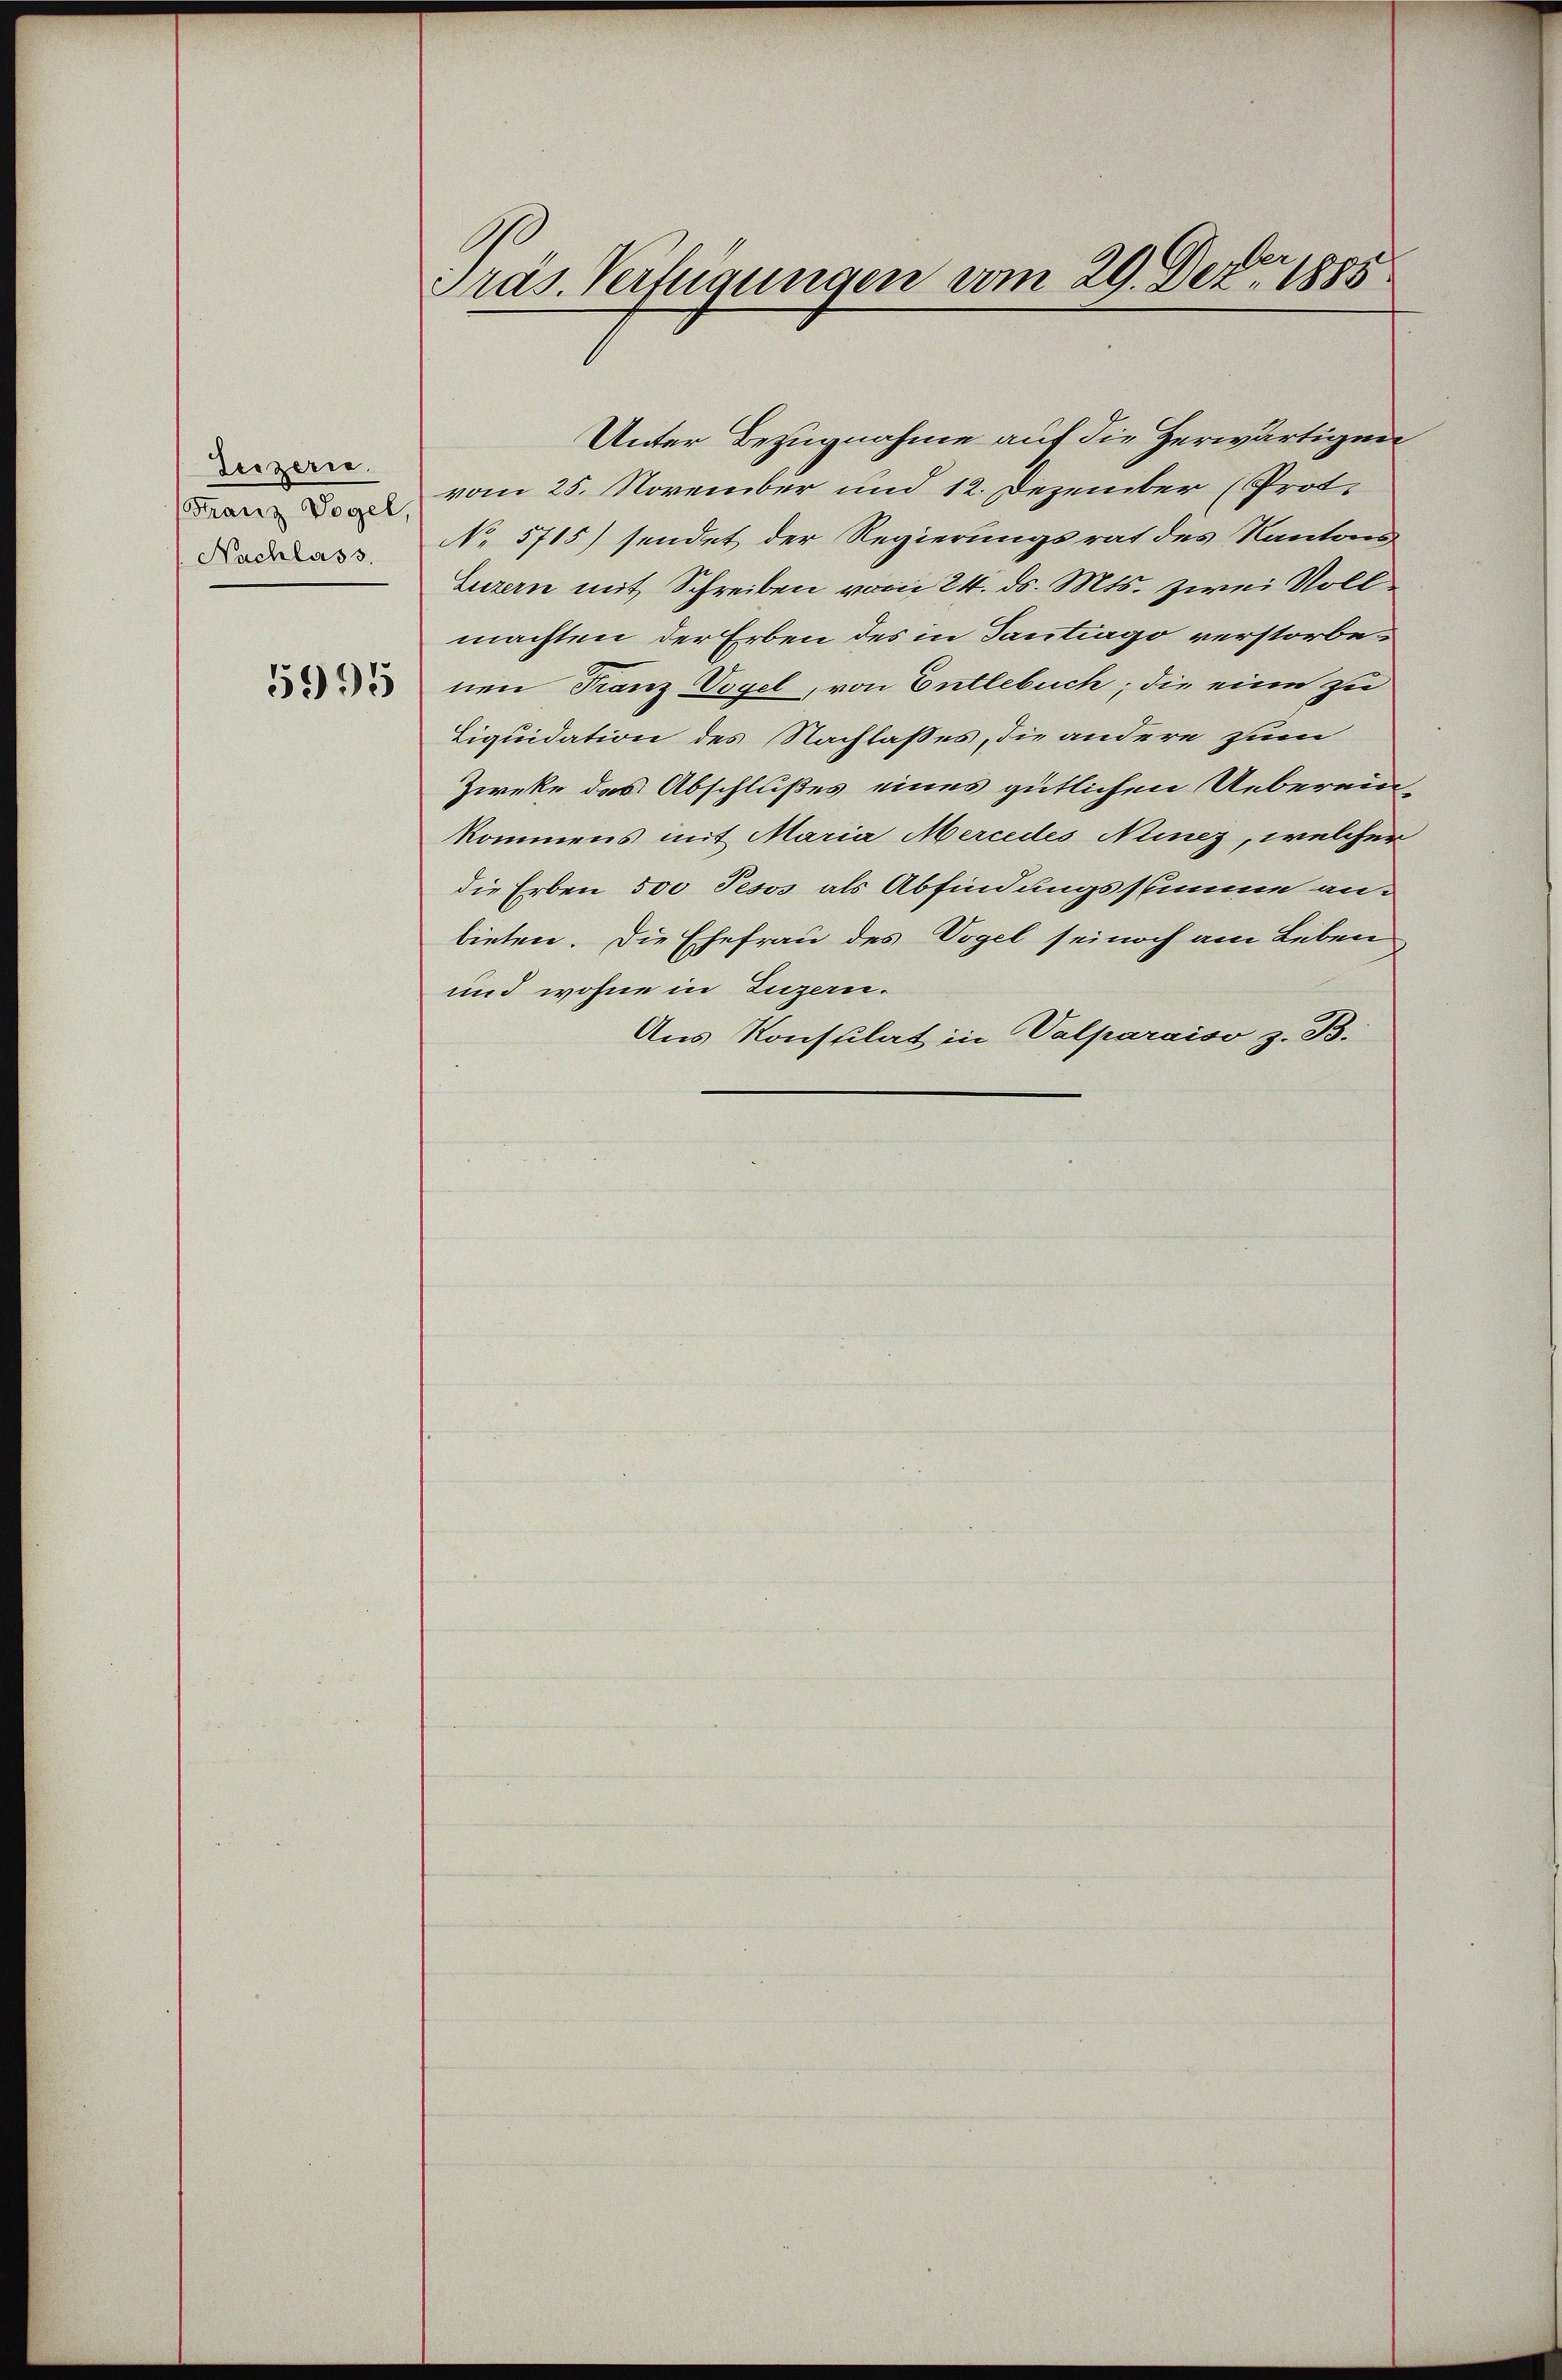
Leizeri
Franz Vogel,
Nachlass.

5995

Präs. Verfügungen vom 29. Dez. 1885

Unter Bezugnahme auf die Herwärtigen
vom 25. November und 12. Dezember (Prot.
No 5715) sendet der Regierungsrat des Kantons
Luzern mit Schreiben vom 24. ds. Mts. zwei Vollmachten der Erben des in Tantrago verstorbenen Franz Vogel, von Entlebuch; die eine zu
Liquidation des Nachlasses, die andere zum
Zieke des Abschlußes eines gütlichen Uebereinkommens mit Maria Mercedes Ninez, welcher
die Erben 500 Pesos als Abfindungsstimme an-
bieten. Die Ehefrau des Vogel sei noch am Leben
und wohne in Luzern.
Aus Konsulat in Valparaiso z. B.